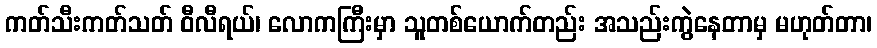
ကတ်သီးကတ်သတ် ဝီလီရယ်၊ လောကကြီးမှာ သူတစ်ယောက်တည်း အသည်းကွဲနေတာမှ မဟုတ်တာ၊